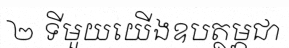
២ ទីមួយយើងឧបត្ថម្ភជា